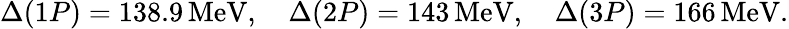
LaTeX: \Delta(1P)=138.9\, \mathrm{MeV},\quad\Delta(2P)=143\, \mathrm{MeV},\quad\Delta(3P)=166\, \mathrm{MeV}.